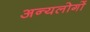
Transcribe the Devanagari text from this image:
अन्यलोगों